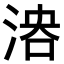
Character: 𣶤